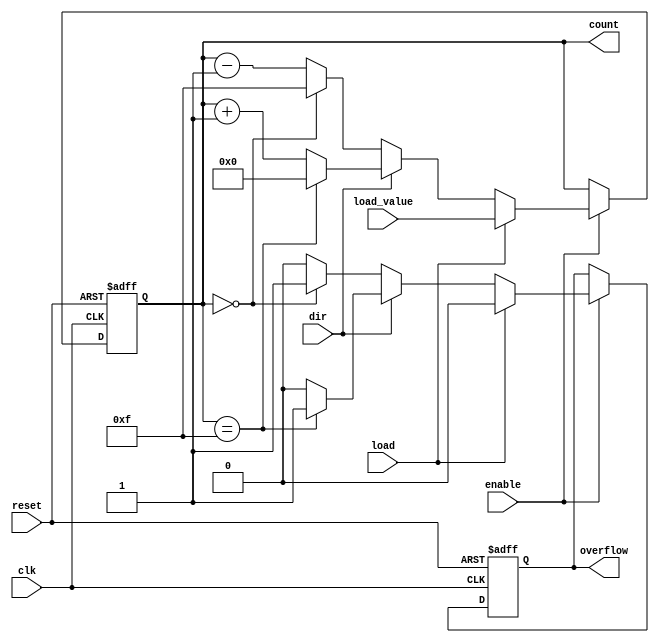
module SynchronousCounter (
    input wire clk,          // Clock signal
    input wire reset,        // Asynchronous reset signal
    input wire enable,       // Enable signal
    input wire load,         // Load signal
    input wire dir,          // Direction control (1 for up, 0 for down)
    input wire [3:0] load_value, // Value to load into the counter
    output reg [3:0] count,  // 4-bit counter output
    output reg overflow       // Overflow flag
);

    // Initialize count and overflow
    initial begin
        count = 4'b0000;      // Initial count value
        overflow = 1'b0;      // Initial overflow state
    end

    // Synchronous process
    always @(posedge clk or posedge reset) begin
        if (reset) begin
            count <= 4'b0000;  // Reset the counter to 0
            overflow <= 1'b0;   // Reset overflow flag
        end else if (enable) begin
            if (load) begin
                count <= load_value; // Load the specified value
                overflow <= 1'b0;     // Reset overflow flag
            end else begin
                if (dir) begin
                    // Count up
                    if (count == 4'b1111) begin
                        count <= 4'b0000; // Wrap around on overflow
                        overflow <= 1'b1;  // Set overflow flag
                    end else begin
                        count <= count + 1; // Increment count
                        overflow <= 1'b0;   // Clear overflow flag
                    end
                end else begin
                    // Count down
                    if (count == 4'b0000) begin
                        count <= 4'b1111; // Wrap around on underflow
                        overflow <= 1'b1;  // Set overflow flag
                    end else begin
                        count <= count - 1; // Decrement count
                        overflow <= 1'b0;   // Clear overflow flag
                    end
                end
            end
        end
    end
endmodule